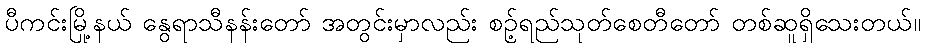
ပီကင်းမြို့နယ် နွေရာသီနန်းတော် အတွင်းမှာလည်း စဉ့်ရည်သုတ်စေတီတော် တစ်ဆူရှိသေးတယ်။